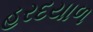
હરદયાળ